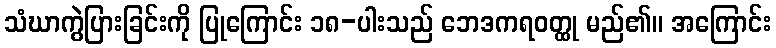
သံဃာကွဲပြားခြင်းကို ပြုကြောင်း ၁၈-ပါးသည် ဘေဒကရဝတ္ထု မည်၏။ အကြောင်း